Leprosy in India: report of the Leprosy Commission in India, 1890-91
Year: 1890
Disease focus: Leprosy
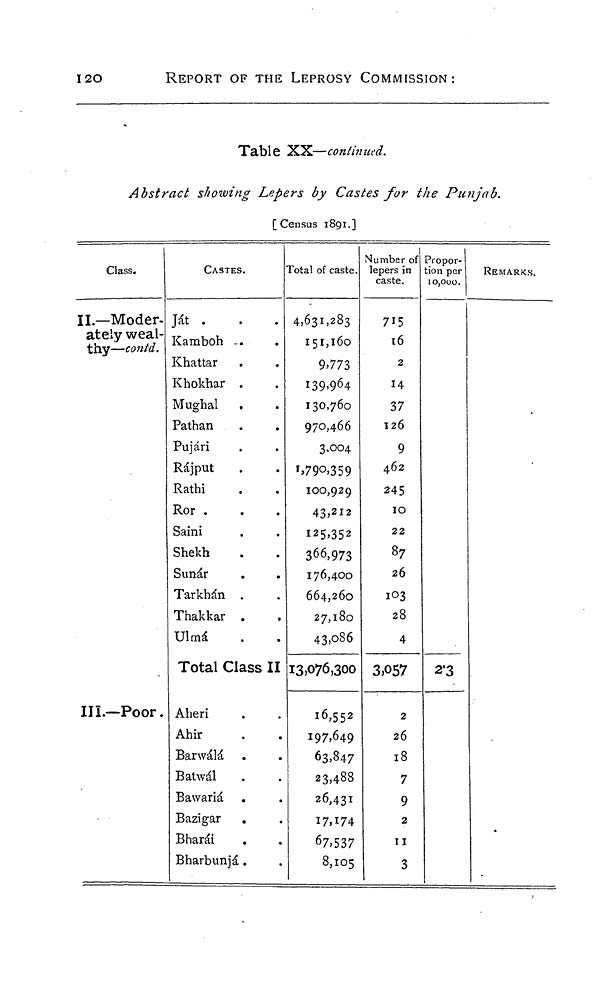
120
REPORT OF THE LEPROSY COMMISSION:
Table XX—continued.
Abstract showing Lepers by Castes for the Punjab.
[Census 1891.]
Class.
II.—Moder-
ately weal-
thy—contd.
III.—Poor.
CASTES.
Ját .
Kamboh
Khattar
Khokhar
Mughal
Pathan
Pujári
Rajput
Rathi
Ror
Saini
Shekh
Sunár
Tarkhán .
Thakkar .
Ulmá
Total Class II
Aheri
Ahir
Barwálá
Batwál
Bawariá
Bazigar
Bharái
Bharbunjá
Total of caste.
4,631,283
151,160
9,773
139,964
130,760
970,466
3,004
1,790,359
100,929
43,212
125,352
366,973
176,400
664,260
27,180
43,086
13,076,300
16,552
197,649
63,847
23,488
26,431
17,174
67,537
8,105
Number of
lepers in
caste.
715
16
2
14
37
126
9
462
245
10
22
87
26
103
28
4
3,057
2
26
18
7
9
2
11
3
Propor-
tion per
10,000.
2'3
REMARKS.